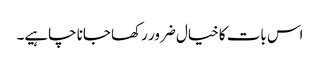
اس بات کا خیال ضرور رکھا جانا چاہیے۔